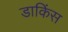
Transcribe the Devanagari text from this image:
डाकिंस